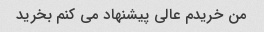
من خریدم عالی پیشنهاد می کنم بخرید